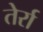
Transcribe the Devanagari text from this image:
तेर्रा